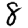
Digit: 8